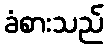
ခံစားသည်